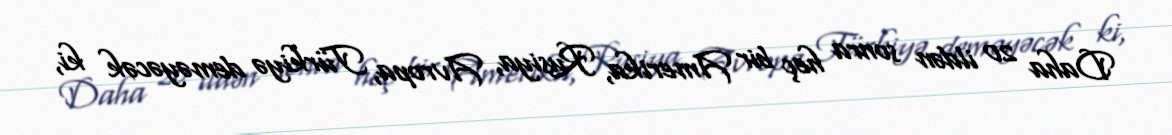
Daha 20 ildən sonra heç bir Amerika, Rusiya, Avropa, Türkiyə deməyəcək ki,